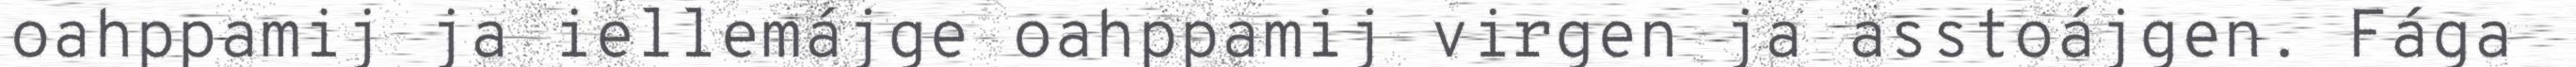
oahppamij ja iellemájge oahppamij virgen ja asstoájgen. Fága